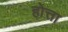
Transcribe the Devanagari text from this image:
होत्ता